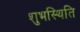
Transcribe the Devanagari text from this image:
शुभस्थिति